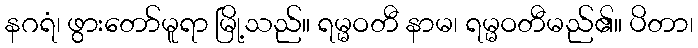
နဂရံ၊ ဖွားတော်မူရာ မြို့သည်။ ရမ္မဝတီ နာမ၊ ရမ္မဝတီမည်၏။ ပိတာ၊